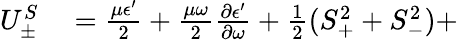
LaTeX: \begin{array}{rl}{U_{\pm}^{S}}&{{}=\frac{\mu\epsilon^{\prime}}{2}+\frac{\mu\omega}{2}\frac{\partial\epsilon^{\prime}}{\partial\omega}+\frac{1}{2}(S_{+}^{2}+S_{-}^{2})+}\end{array}